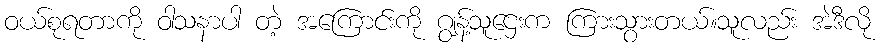
ဝယ်စုရတာကို ဝါသနာပါ တဲ့ အကြောင်းကို ဂျွန့်သူဌေးက ကြားသွားတယ်။သူလည်း အဲဒီလို